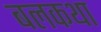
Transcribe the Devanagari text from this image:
बलकथा